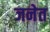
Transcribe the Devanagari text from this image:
जनेत